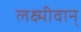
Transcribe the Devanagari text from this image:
लक्ष्मीवान्